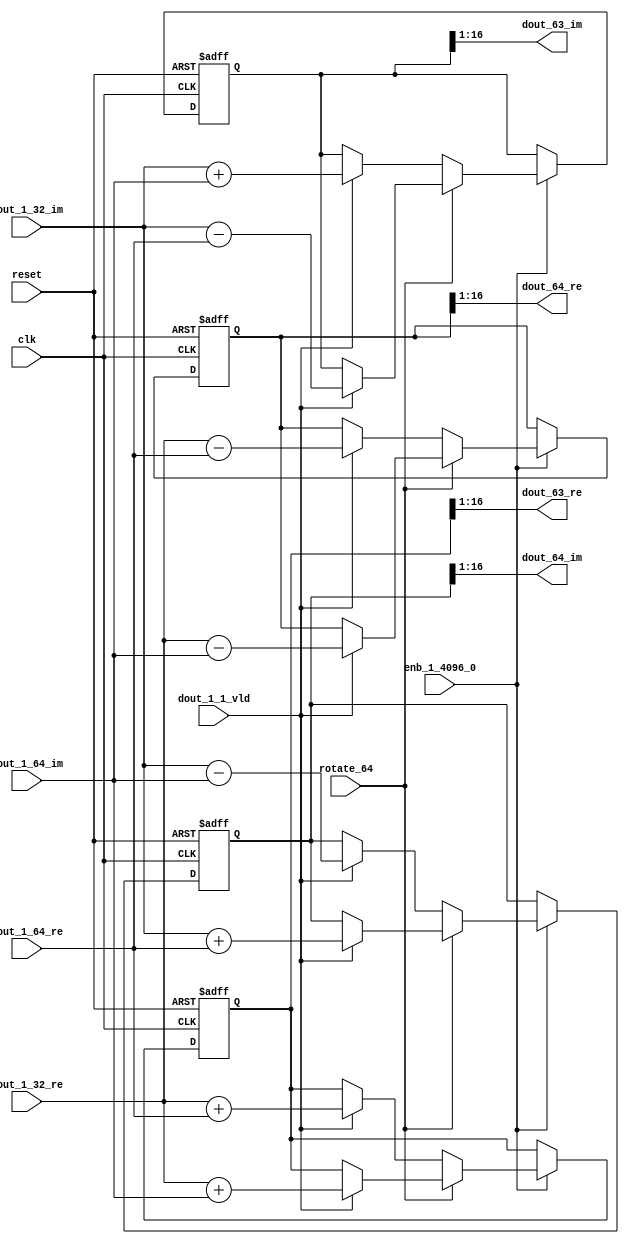
// -------------------------------------------------------------
// 
// 
// Generated by MATLAB 9.14 and HDL Coder 4.1
// 
// -------------------------------------------------------------


// -------------------------------------------------------------
// 
// Module: RADIX22FFT_SDNF2_2_block30
// Source Path: dsphdl.IFFT/RADIX22FFT_SDNF2_2
// Hierarchy Level: 4
// 
// -------------------------------------------------------------

`timescale 1 ns / 1 ns

module RADIX22FFT_SDNF2_2_block30
          (clk,
           reset,
           enb_1_4096_0,
           rotate_64,
           dout_1_32_re,
           dout_1_32_im,
           dout_1_64_re,
           dout_1_64_im,
           dout_1_1_vld,
           dout_63_re,
           dout_63_im,
           dout_64_re,
           dout_64_im);


  input   clk;
  input   reset;
  input   enb_1_4096_0;
  input   rotate_64;  // ufix1
  input   signed [15:0] dout_1_32_re;  // sfix16_En14
  input   signed [15:0] dout_1_32_im;  // sfix16_En14
  input   signed [15:0] dout_1_64_re;  // sfix16_En14
  input   signed [15:0] dout_1_64_im;  // sfix16_En14
  input   dout_1_1_vld;
  output  signed [15:0] dout_63_re;  // sfix16_En14
  output  signed [15:0] dout_63_im;  // sfix16_En14
  output  signed [15:0] dout_64_re;  // sfix16_En14
  output  signed [15:0] dout_64_im;  // sfix16_En14


  reg  Radix22ButterflyG2_NF_din_vld_dly;
  reg signed [16:0] Radix22ButterflyG2_NF_btf1_re_reg;  // sfix17
  reg signed [16:0] Radix22ButterflyG2_NF_btf1_im_reg;  // sfix17
  reg signed [16:0] Radix22ButterflyG2_NF_btf2_re_reg;  // sfix17
  reg signed [16:0] Radix22ButterflyG2_NF_btf2_im_reg;  // sfix17
  reg  Radix22ButterflyG2_NF_din_vld_dly_next;
  reg signed [16:0] Radix22ButterflyG2_NF_btf1_re_reg_next;  // sfix17_En14
  reg signed [16:0] Radix22ButterflyG2_NF_btf1_im_reg_next;  // sfix17_En14
  reg signed [16:0] Radix22ButterflyG2_NF_btf2_re_reg_next;  // sfix17_En14
  reg signed [16:0] Radix22ButterflyG2_NF_btf2_im_reg_next;  // sfix17_En14
  reg signed [15:0] dout_63_re_1;  // sfix16_En14
  reg signed [15:0] dout_63_im_1;  // sfix16_En14
  reg signed [15:0] dout_64_re_1;  // sfix16_En14
  reg signed [15:0] dout_64_im_1;  // sfix16_En14
  reg  dout_2_vld;
  reg signed [16:0] Radix22ButterflyG2_NF_add_cast;  // sfix17_En14
  reg signed [16:0] Radix22ButterflyG2_NF_add_cast_0;  // sfix17_En14
  reg signed [16:0] Radix22ButterflyG2_NF_add_cast_1;  // sfix17_En14
  reg signed [16:0] Radix22ButterflyG2_NF_add_cast_2;  // sfix17_En14
  reg signed [16:0] Radix22ButterflyG2_NF_sub_cast;  // sfix17_En14
  reg signed [16:0] Radix22ButterflyG2_NF_sub_cast_0;  // sfix17_En14
  reg signed [16:0] Radix22ButterflyG2_NF_sub_cast_1;  // sfix17_En14
  reg signed [16:0] Radix22ButterflyG2_NF_sub_cast_2;  // sfix17_En14
  reg signed [16:0] Radix22ButterflyG2_NF_sra_temp;  // sfix17_En14
  reg signed [16:0] Radix22ButterflyG2_NF_add_cast_3;  // sfix17_En14
  reg signed [16:0] Radix22ButterflyG2_NF_add_cast_4;  // sfix17_En14
  reg signed [16:0] Radix22ButterflyG2_NF_add_cast_5;  // sfix17_En14
  reg signed [16:0] Radix22ButterflyG2_NF_add_cast_6;  // sfix17_En14
  reg signed [16:0] Radix22ButterflyG2_NF_sra_temp_0;  // sfix17_En14
  reg signed [16:0] Radix22ButterflyG2_NF_sub_cast_3;  // sfix17_En14
  reg signed [16:0] Radix22ButterflyG2_NF_sub_cast_4;  // sfix17_En14
  reg signed [16:0] Radix22ButterflyG2_NF_sub_cast_5;  // sfix17_En14
  reg signed [16:0] Radix22ButterflyG2_NF_sub_cast_6;  // sfix17_En14
  reg signed [16:0] Radix22ButterflyG2_NF_sra_temp_1;  // sfix17_En14
  reg signed [16:0] Radix22ButterflyG2_NF_sra_temp_2;  // sfix17_En14


  // Radix22ButterflyG2_NF
  always @(posedge clk or posedge reset)
    begin : Radix22ButterflyG2_NF_process
      if (reset == 1'b1) begin
        Radix22ButterflyG2_NF_din_vld_dly <= 1'b0;
        Radix22ButterflyG2_NF_btf1_re_reg <= 17'sb00000000000000000;
        Radix22ButterflyG2_NF_btf1_im_reg <= 17'sb00000000000000000;
        Radix22ButterflyG2_NF_btf2_re_reg <= 17'sb00000000000000000;
        Radix22ButterflyG2_NF_btf2_im_reg <= 17'sb00000000000000000;
      end
      else begin
        if (enb_1_4096_0) begin
          Radix22ButterflyG2_NF_din_vld_dly <= Radix22ButterflyG2_NF_din_vld_dly_next;
          Radix22ButterflyG2_NF_btf1_re_reg <= Radix22ButterflyG2_NF_btf1_re_reg_next;
          Radix22ButterflyG2_NF_btf1_im_reg <= Radix22ButterflyG2_NF_btf1_im_reg_next;
          Radix22ButterflyG2_NF_btf2_re_reg <= Radix22ButterflyG2_NF_btf2_re_reg_next;
          Radix22ButterflyG2_NF_btf2_im_reg <= Radix22ButterflyG2_NF_btf2_im_reg_next;
        end
      end
    end

  always @(Radix22ButterflyG2_NF_btf1_im_reg, Radix22ButterflyG2_NF_btf1_re_reg,
       Radix22ButterflyG2_NF_btf2_im_reg, Radix22ButterflyG2_NF_btf2_re_reg,
       Radix22ButterflyG2_NF_din_vld_dly, dout_1_1_vld, dout_1_32_im,
       dout_1_32_re, dout_1_64_im, dout_1_64_re, rotate_64) begin
    Radix22ButterflyG2_NF_add_cast_1 = 17'sb00000000000000000;
    Radix22ButterflyG2_NF_add_cast_2 = 17'sb00000000000000000;
    Radix22ButterflyG2_NF_sub_cast_1 = 17'sb00000000000000000;
    Radix22ButterflyG2_NF_sub_cast_2 = 17'sb00000000000000000;
    Radix22ButterflyG2_NF_add_cast_5 = 17'sb00000000000000000;
    Radix22ButterflyG2_NF_add_cast_6 = 17'sb00000000000000000;
    Radix22ButterflyG2_NF_sub_cast_5 = 17'sb00000000000000000;
    Radix22ButterflyG2_NF_sub_cast_6 = 17'sb00000000000000000;
    Radix22ButterflyG2_NF_add_cast = 17'sb00000000000000000;
    Radix22ButterflyG2_NF_add_cast_0 = 17'sb00000000000000000;
    Radix22ButterflyG2_NF_sub_cast = 17'sb00000000000000000;
    Radix22ButterflyG2_NF_sub_cast_0 = 17'sb00000000000000000;
    Radix22ButterflyG2_NF_add_cast_3 = 17'sb00000000000000000;
    Radix22ButterflyG2_NF_add_cast_4 = 17'sb00000000000000000;
    Radix22ButterflyG2_NF_sub_cast_3 = 17'sb00000000000000000;
    Radix22ButterflyG2_NF_sub_cast_4 = 17'sb00000000000000000;
    Radix22ButterflyG2_NF_btf1_re_reg_next = Radix22ButterflyG2_NF_btf1_re_reg;
    Radix22ButterflyG2_NF_btf1_im_reg_next = Radix22ButterflyG2_NF_btf1_im_reg;
    Radix22ButterflyG2_NF_btf2_re_reg_next = Radix22ButterflyG2_NF_btf2_re_reg;
    Radix22ButterflyG2_NF_btf2_im_reg_next = Radix22ButterflyG2_NF_btf2_im_reg;
    Radix22ButterflyG2_NF_din_vld_dly_next = dout_1_1_vld;
    if (rotate_64 != 1'b0) begin
      if (dout_1_1_vld) begin
        Radix22ButterflyG2_NF_add_cast_1 = {dout_1_32_re[15], dout_1_32_re};
        Radix22ButterflyG2_NF_add_cast_2 = {dout_1_64_im[15], dout_1_64_im};
        Radix22ButterflyG2_NF_btf1_re_reg_next = Radix22ButterflyG2_NF_add_cast_1 + Radix22ButterflyG2_NF_add_cast_2;
        Radix22ButterflyG2_NF_sub_cast_1 = {dout_1_32_re[15], dout_1_32_re};
        Radix22ButterflyG2_NF_sub_cast_2 = {dout_1_64_im[15], dout_1_64_im};
        Radix22ButterflyG2_NF_btf2_re_reg_next = Radix22ButterflyG2_NF_sub_cast_1 - Radix22ButterflyG2_NF_sub_cast_2;
        Radix22ButterflyG2_NF_add_cast_5 = {dout_1_32_im[15], dout_1_32_im};
        Radix22ButterflyG2_NF_add_cast_6 = {dout_1_64_re[15], dout_1_64_re};
        Radix22ButterflyG2_NF_btf2_im_reg_next = Radix22ButterflyG2_NF_add_cast_5 + Radix22ButterflyG2_NF_add_cast_6;
        Radix22ButterflyG2_NF_sub_cast_5 = {dout_1_32_im[15], dout_1_32_im};
        Radix22ButterflyG2_NF_sub_cast_6 = {dout_1_64_re[15], dout_1_64_re};
        Radix22ButterflyG2_NF_btf1_im_reg_next = Radix22ButterflyG2_NF_sub_cast_5 - Radix22ButterflyG2_NF_sub_cast_6;
      end
    end
    else if (dout_1_1_vld) begin
      Radix22ButterflyG2_NF_add_cast = {dout_1_32_re[15], dout_1_32_re};
      Radix22ButterflyG2_NF_add_cast_0 = {dout_1_64_re[15], dout_1_64_re};
      Radix22ButterflyG2_NF_btf1_re_reg_next = Radix22ButterflyG2_NF_add_cast + Radix22ButterflyG2_NF_add_cast_0;
      Radix22ButterflyG2_NF_sub_cast = {dout_1_32_re[15], dout_1_32_re};
      Radix22ButterflyG2_NF_sub_cast_0 = {dout_1_64_re[15], dout_1_64_re};
      Radix22ButterflyG2_NF_btf2_re_reg_next = Radix22ButterflyG2_NF_sub_cast - Radix22ButterflyG2_NF_sub_cast_0;
      Radix22ButterflyG2_NF_add_cast_3 = {dout_1_32_im[15], dout_1_32_im};
      Radix22ButterflyG2_NF_add_cast_4 = {dout_1_64_im[15], dout_1_64_im};
      Radix22ButterflyG2_NF_btf1_im_reg_next = Radix22ButterflyG2_NF_add_cast_3 + Radix22ButterflyG2_NF_add_cast_4;
      Radix22ButterflyG2_NF_sub_cast_3 = {dout_1_32_im[15], dout_1_32_im};
      Radix22ButterflyG2_NF_sub_cast_4 = {dout_1_64_im[15], dout_1_64_im};
      Radix22ButterflyG2_NF_btf2_im_reg_next = Radix22ButterflyG2_NF_sub_cast_3 - Radix22ButterflyG2_NF_sub_cast_4;
    end
    Radix22ButterflyG2_NF_sra_temp = Radix22ButterflyG2_NF_btf1_re_reg >>> 8'd1;
    dout_63_re_1 = Radix22ButterflyG2_NF_sra_temp[15:0];
    Radix22ButterflyG2_NF_sra_temp_0 = Radix22ButterflyG2_NF_btf1_im_reg >>> 8'd1;
    dout_63_im_1 = Radix22ButterflyG2_NF_sra_temp_0[15:0];
    Radix22ButterflyG2_NF_sra_temp_1 = Radix22ButterflyG2_NF_btf2_re_reg >>> 8'd1;
    dout_64_re_1 = Radix22ButterflyG2_NF_sra_temp_1[15:0];
    Radix22ButterflyG2_NF_sra_temp_2 = Radix22ButterflyG2_NF_btf2_im_reg >>> 8'd1;
    dout_64_im_1 = Radix22ButterflyG2_NF_sra_temp_2[15:0];
    dout_2_vld = Radix22ButterflyG2_NF_din_vld_dly;
  end



  assign dout_63_re = dout_63_re_1;

  assign dout_63_im = dout_63_im_1;

  assign dout_64_re = dout_64_re_1;

  assign dout_64_im = dout_64_im_1;

endmodule  // RADIX22FFT_SDNF2_2_block30